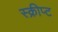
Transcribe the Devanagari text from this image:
स्क्रीप्ट